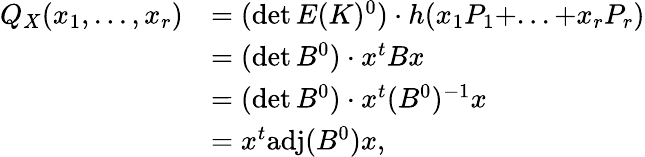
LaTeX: \begin{array}{rl}{Q_{X}(x_{1},...,x_{r})}&{=(\operatorname*{det}E(K)^{0})\cdot h(x_{1}P_{1}+...+x_{r}P_{r})}\\ &{=(\operatorname*{det}B^{0})\cdot x^{t}Bx}\\ &{=(\operatorname*{det}B^{0})\cdot x^{t}(B^{0})^{-1}x}\\ &{=x^{t}\mathrm{adj}(B^{0})x,}\end{array}